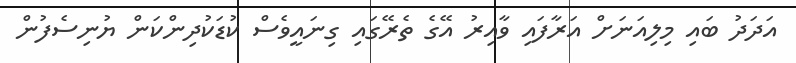
އަދަދު ބައި މިލިއަނަށް އަރާފައި ވާއިރު އޭގެ ތެރޭގައި ގިނައީވެސް ކުޑަކުދިންކަން ޔުނިސެފުން